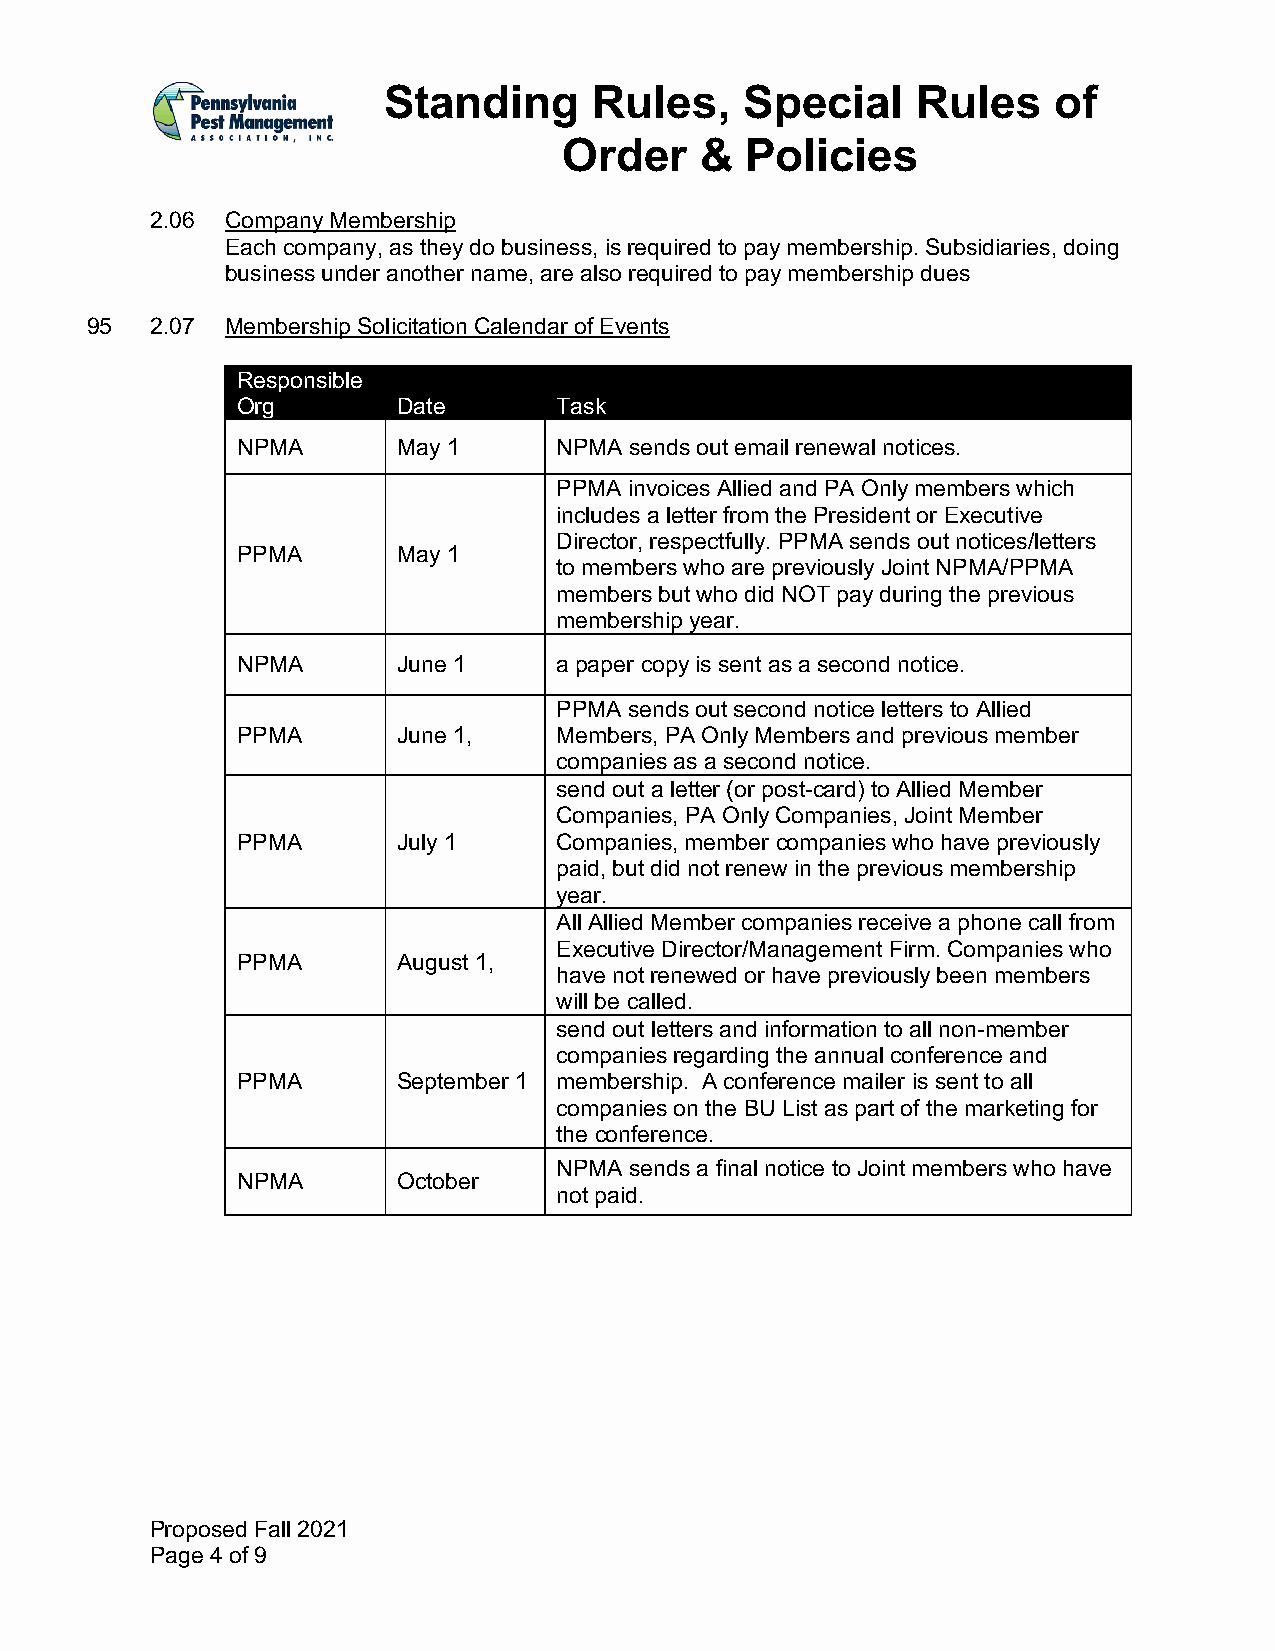
Standing      Rules,    Special     Rules    of
 Order    &  Policies
 2.06 Company Membership
 Each company, as they do business, is required to pay membership. Subsidiaries, doing
 business under another name, are also required to pay membership dues
 95  2.07 Membership Solicitation Calendar of Events
 Responsible
 Org       Date       Task
 NPMA      May 1      NPMA sends out email renewal notices.
 PPMA invoices Allied and PA Only members which
 includes a letter from the President or Executive
 Director, respectfully. PPMA sends out notices/letters
 PPMA      May 1
 to members who are previously Joint NPMA/PPMA
 members but who did NOT pay during the previous
 membership year.
 NPMA      June 1     a paper copy is sent as a second notice.
 PPMA sends out second notice letters to Allied
 PPMA      June 1,    Members, PA Only Members and previous member
 companies as a second notice.
 send out a letter (or post-card) to Allied Member
 Companies, PA Only Companies, Joint Member
 PPMA      July 1     Companies, member companies who have previously
 paid, but did not renew in the previous membership
 year.
 All Allied Member companies receive a phone call from
 Executive Director/Management Firm. Companies who
 PPMA      August 1,
 have not renewed or have previously been members
 will be called.
 send out letters and information to all non-member
 companies regarding the annual conference and
 PPMA      September 1 membership. A conference mailer is sent to all
 companies on the BU List as part of the marketing for
 the conference.
 NPMA sends a final notice to Joint members who have
 NPMA      October
 not paid.
 Proposed Fall 2021
 Page 4 of 9